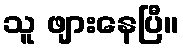
သူ ဖျားနေပြီ။